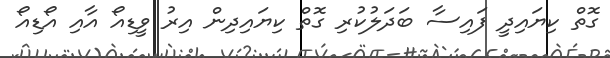
ގޮތް ކިޔައިދީ ފައިސާ ބަދަލުކުރި ގޮތް ކިޔައިދިން އިރު ވީޑިއޯ އާއި އޯޑިއޯ